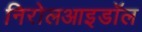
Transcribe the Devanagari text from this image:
निरोलआइडॉल